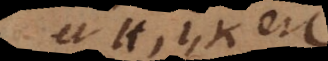
et H, I, K etc.